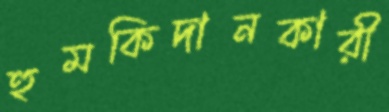
হুমকিদানকারী